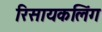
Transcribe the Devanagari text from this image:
रिसायकलिंग